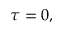
\tau = 0 ,